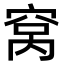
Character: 窝